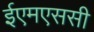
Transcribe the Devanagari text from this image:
ईएमएससी